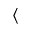
\langle